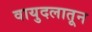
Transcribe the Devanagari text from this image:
वायुदलातून